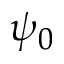
\psi _ { 0 }